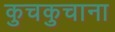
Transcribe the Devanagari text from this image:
कुचकुचाना